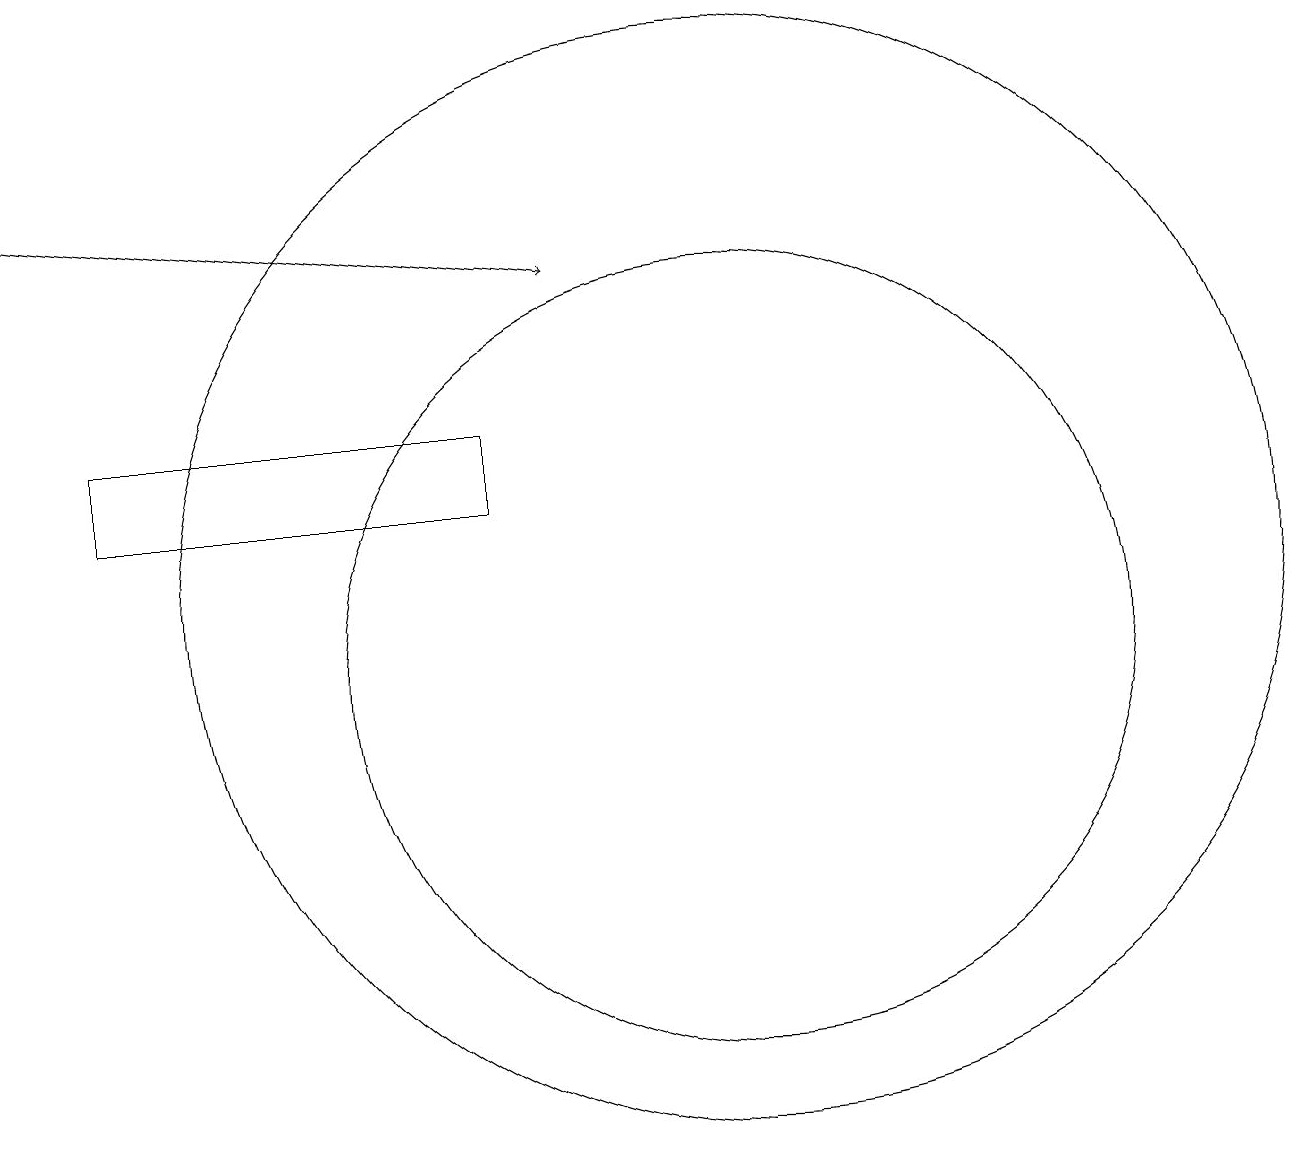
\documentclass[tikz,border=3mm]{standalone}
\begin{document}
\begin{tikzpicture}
\draw[->] (2,17) -- (9,16);
\draw (11,11) circle (5);
\draw (8,14) rectangle (3,13);
\draw (11,12) circle (7);
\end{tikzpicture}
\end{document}